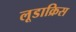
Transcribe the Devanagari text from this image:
लूडाक्रिस